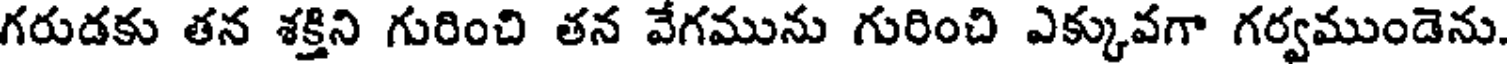
గరుడకు తన శక్తిని గురించి తన వేగమును గురించి ఎక్కువగా గర్వముండెను.